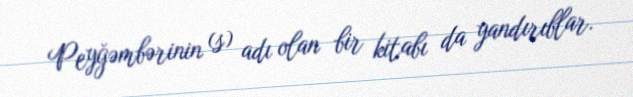
Peyğəmbərinin (s) adı olan bir kitabı da yandırıblar.